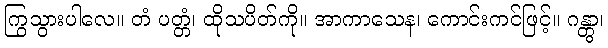
ကြွသွားပါလေ။ တံ ပတ္တံ၊ ထိုသပိတ်ကို။ အာကာသေန၊ ကောင်းကင်ဖြင့်။ ဂန္တွာ၊